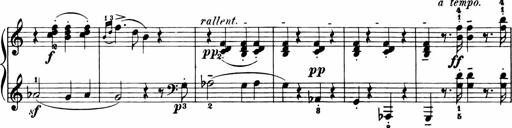
Title: 11 Sonatinas for Piano Solo
Composer: Anton Diabelli